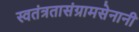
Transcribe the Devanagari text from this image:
स्वतंत्रतासंग्रामसेनानी